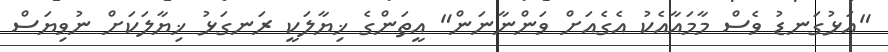
"އަޅުގަނޑު ވެސް މާމައާއެކު އެގެއަށް ވަންނާނަން" އީތަންގެ ޚިޔާލަކީ ރަނގަޅު ޚިޔާލަކަށް ނުވިޔަސް